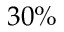
3 0 \%